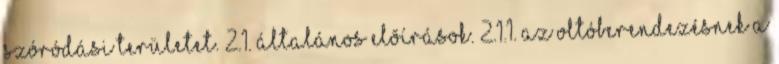
szóródási területet. 2.1. Általános elõírások. 2.1.1. Az oltóberendezésnek a